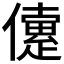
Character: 𠐑